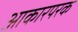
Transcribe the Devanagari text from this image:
आकारपरक